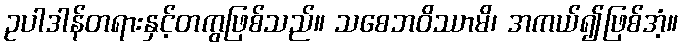
ဥပါဒါန်တရားနှင့်တကွဖြစ်သည်။ သစေဘဝိဿာမိ၊ အကယ်၍ဖြစ်အံ့။